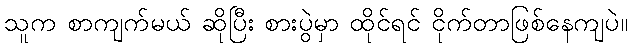
သူက စာကျက်မယ် ဆိုပြီး စားပွဲမှာ ထိုင်ရင် ငိုက်တာဖြစ်နေကျပဲ။